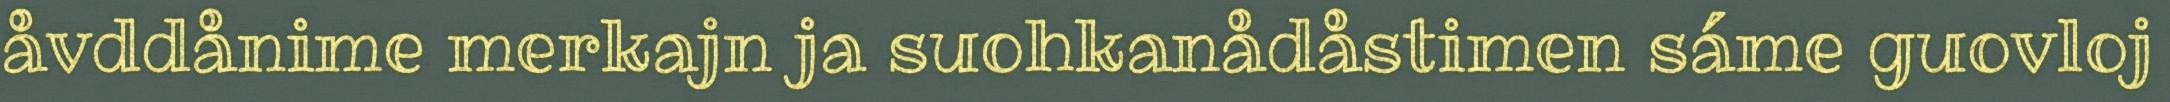
åvddånime merkajn ja suohkanådåstimen sáme guovloj